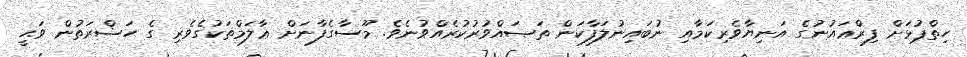
ހިތްޕުޅަށް ފިރްޢައުނުގެ އަނިޔާވެރިކަމާއި ނުބައިނުލަފާކަން ތަޞައްވުރުކުރެއްވުނެވެ. މޫސާގެފާނަށް ޢާލަމްތަކުގެވެރި ގެ ޙަޟްރަތުން ވަޙީ